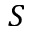
S